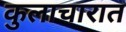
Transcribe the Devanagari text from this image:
कुलाचारात